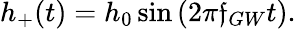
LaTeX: h_{+}(t)=h_{0}\sin{(2\pi\mathfrak{f}_{GW}t)}.